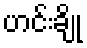
ဟင်းချို